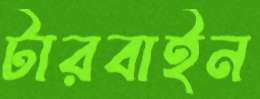
টারবাইন